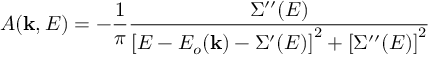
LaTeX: A ( \mathbf { k } , E ) = - { \frac { 1 } { \pi } } { \frac { \Sigma ^ { \prime \prime } ( E ) } { \left[ E - E _ { o } ( \mathbf { k } ) - \Sigma ^ { \prime } ( E ) \right] ^ { 2 } + \left[ \Sigma ^ { \prime \prime } ( E ) \right] ^ { 2 } } }